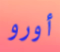
أورو